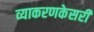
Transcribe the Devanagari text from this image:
व्याकरणकेसरी